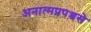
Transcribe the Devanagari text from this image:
अनात्मप्रपञ्चसे